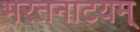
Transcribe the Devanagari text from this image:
भरतनाटयम्